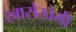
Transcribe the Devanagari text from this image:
खासेखेमी